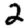
Digit: 2